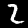
Digit: 2